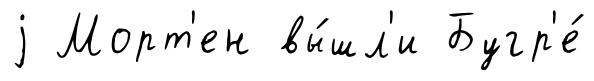
j Морт'ен вы́шл'и Бугр'е́